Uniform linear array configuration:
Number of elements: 12
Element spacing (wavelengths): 0.5
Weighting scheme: kaiser
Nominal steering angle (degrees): -60
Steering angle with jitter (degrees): -59.871
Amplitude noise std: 0.05
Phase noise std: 0.05

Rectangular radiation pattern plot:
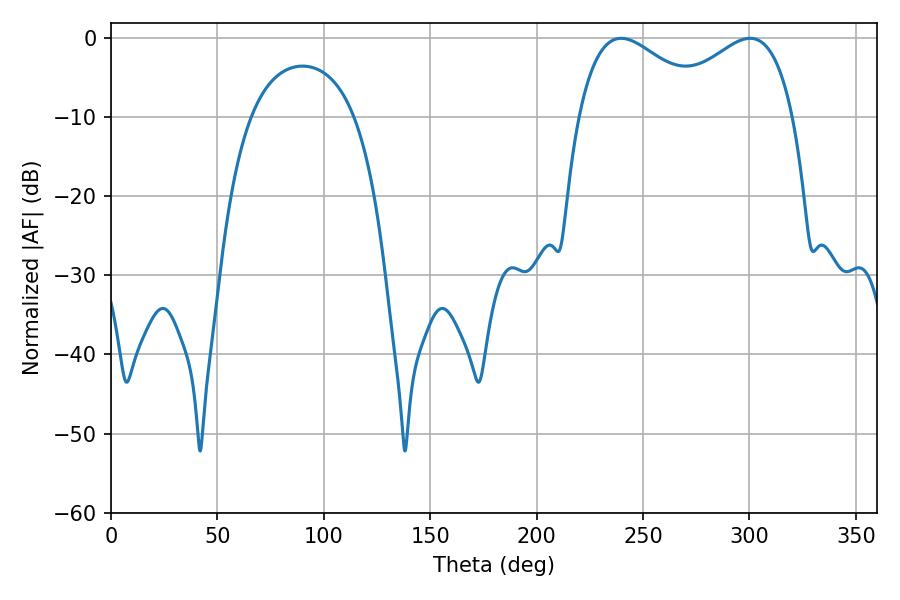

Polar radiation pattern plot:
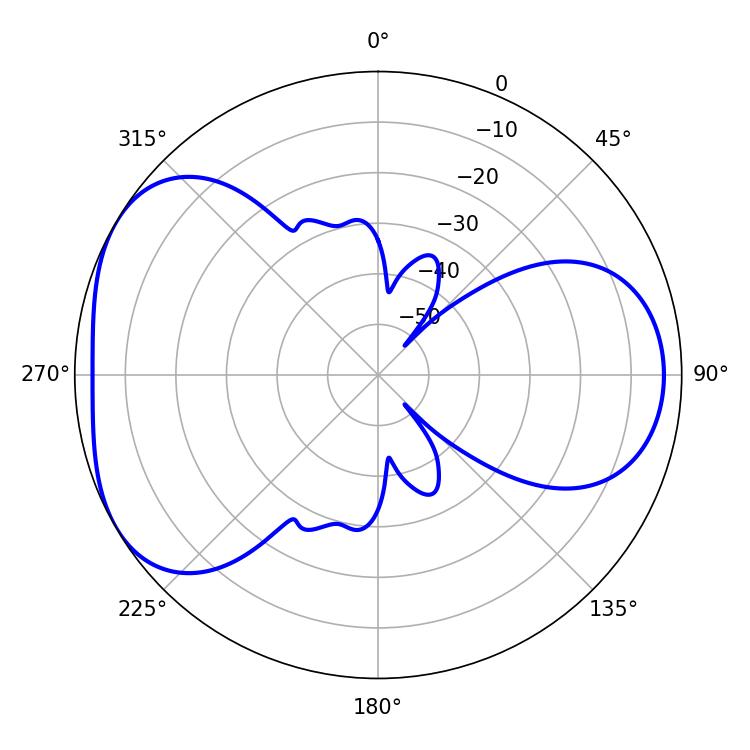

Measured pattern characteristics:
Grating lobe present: FALSE
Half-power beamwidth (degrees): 34.2
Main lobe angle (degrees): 239.76